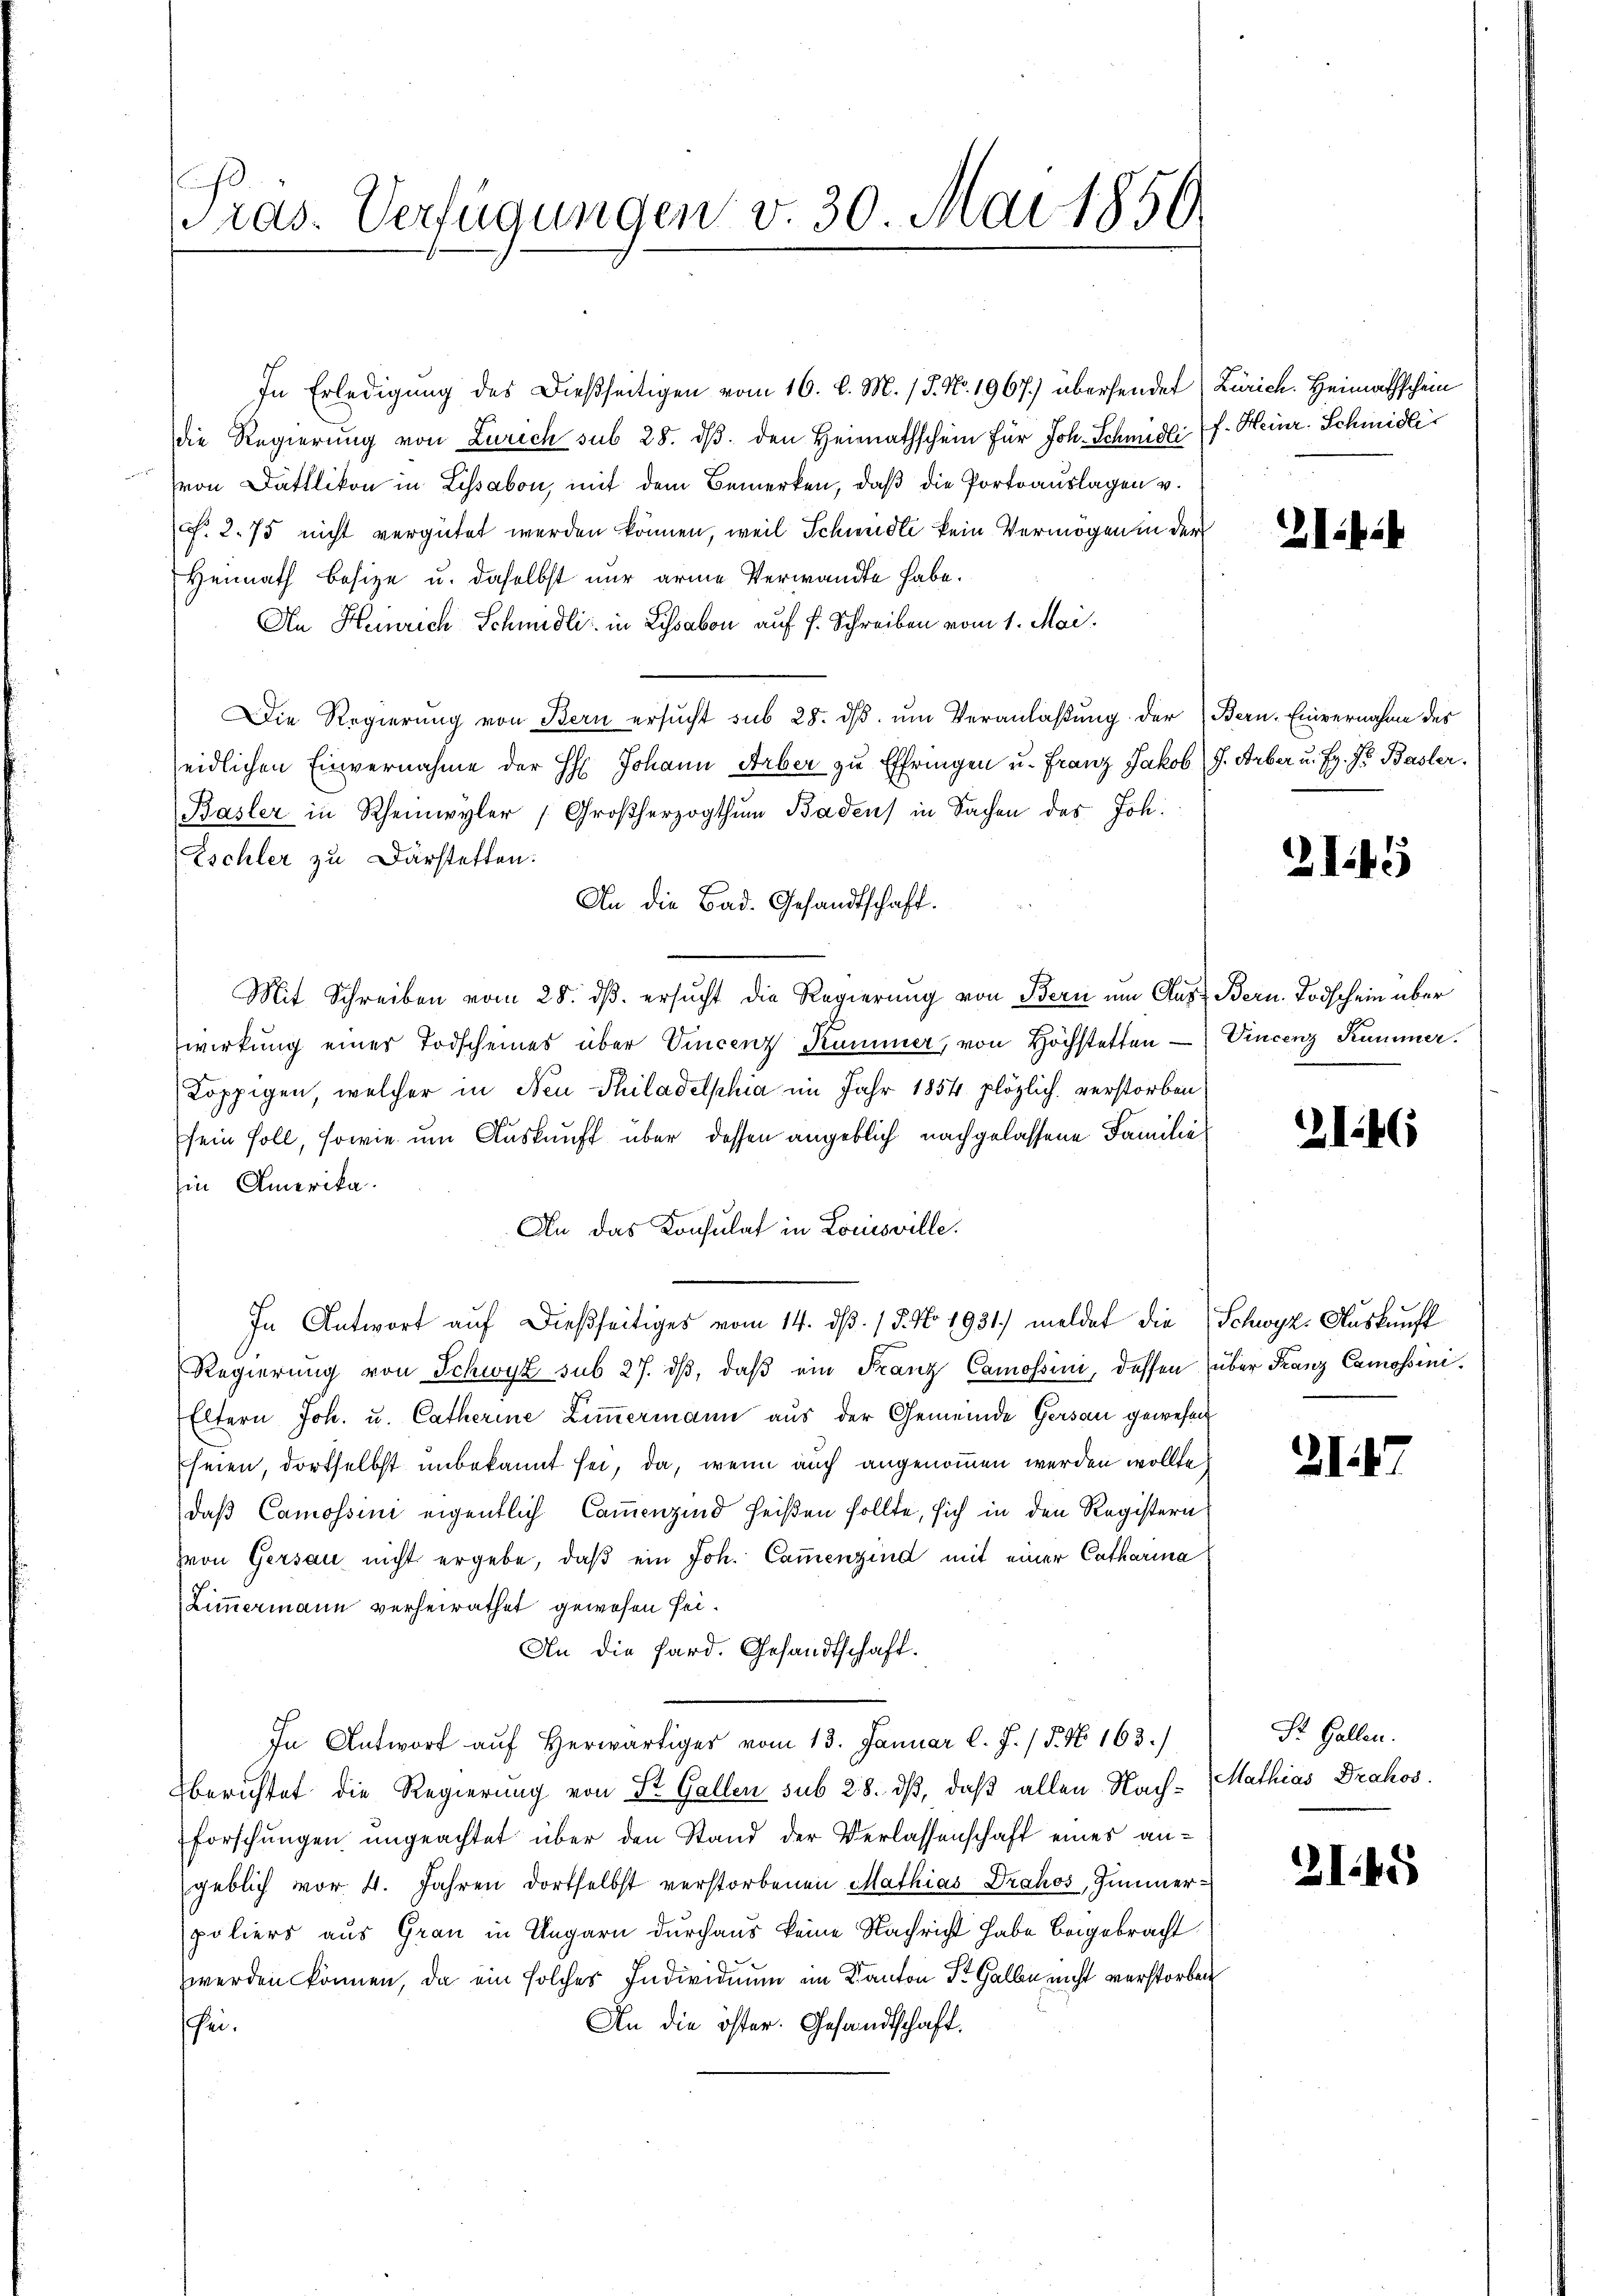
ras. Verfügungen v. 30. Mai 1856

In Erledigung des Dießseitigen vom 16. d. M. / 5. No. 1967.) übersendet
die Regierung von Zürich sub 28. dβ. den Heimathschein für Joh. Schmidli
von Dattlikon in Lissabon, mit dem Bemerken, daß die Portoauslagen v.
cf. 2. 75 nicht vergütet werden können, weil Schweidli kein Vermögen in der
Heimath Besize u. daselbst nur arme Verwandte habe.
An Heinrich Schmidli in Lissabon auf f. Schreiben vom 1. Mai.
Die Regierung von Bern ersŭcht sub 28. dβ ŭm Veranlaßung der
eidlichen Einvernahme der H: Johann Arber zu Effringen u. Franz Jakob
Basler in Rheinwyler Großherzogthum Badens in Sachen des Joh.
Eschler zu Darstetten.
An die Bad. Gesandtschaft.
Mit Schreiben vom 28. ds. ersucht die Regierung von Bern um Auswirkung einer Todscheines über Vincenz Kummer, von Höchstetten
Koppigen, welcher in Neu Philadelphia im Jahr 1854 plözlich verstorben
sein soll, sowie um Auskunft über dessen angeblich nachgelassene Familie
Ein Amerika.
An das Konsulat in Louisville.
In Antwort auf dießseitiges vom 14. dß. / 5. No. 1931) meldet die
Regierung von Schwyz sub 27. dβ, daβ ein Franz Camossini, dessen
Eltern Joh. u. Catherine Zimmermann aus der Gemeinde Gersau gewesen
seien dortselbst unbekannt sei, da, wenn auch angenommen werden wollte,
daß Camossini eigentlich Cammenzind heißen sollte, sich in den Registern
zvon Gersau nicht ergebe, daß ein Joh. Cammenzind mit einer Catharina
Zimmermann verheirathet gewesen sei¬
An die Sard. Gesandtschaft.
In Antwort auf herwärtiges vom 13. Januar l. J. / 5. No 163.)
berichtet die Regierung von St. Gallen sub 28. dß, daß allen Nachforschungen ungeachtet über den Stand der Verlassenschaft eines angeblich vor 4. Jahren dortselbst verstorbenen Mathias Drahos, Zimmer
poliers aus Grau in Ungarn durchaus keine Nachricht habe beigebracht
werden können, da ein solches Individuum im Kanton St. Gallen nicht verstorben
An die öster. Gesandtschaft.
sei¬

Zürich. Heimathschein
f. Heinr. Schmidli

kik

Bern. Einvernahme des
J. Arber u. Hr. Js. Basler.

1

Bern. Todschein über
Vincenz Kummer.

2146

Schwyz. Auskunft
über Franz Camossini.

31.

¬

Dr. Gallen.
Mathias Drakos

21.45